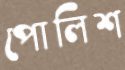
পোলিশ